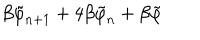
\beta \tilde { \varphi } _ { n + 1 } + 4 \beta \tilde { \varphi } _ { n } + \beta \tilde { \varphi }